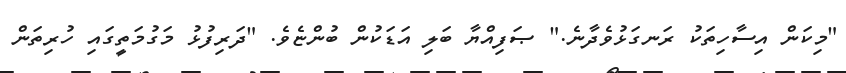
"މިކަން އިސާހިތަކު ރަނގަޅުވެދާނެ." ޞަފިއްޔާ ބަލި އަޑަކުން ބުންޏެވެ. "ދަރިފުޅު މަގުމަތީގައި ހުރިތަން